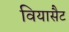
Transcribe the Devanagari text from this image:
वियासैट